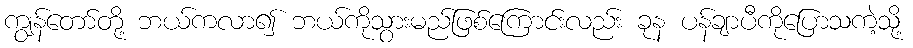
ကျွန်တော်တို့ ဘယ်ကလာ၍ ဘယ်ကိုသွားမည်ဖြစ်ကြောင်းလည်း ခုန ပန်ချာပီကိုပြောသကဲ့သို့